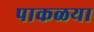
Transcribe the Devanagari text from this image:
पाकळया